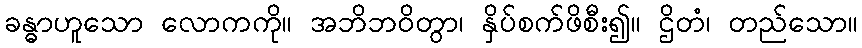
ခန္ဓာဟူသော လောကကို။ အဘိဘဝိတွာ၊ နှိပ်စက်ဖိစီး၍။ ဌိတံ၊ တည်သော။